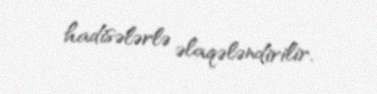
hadisələrlə əlaqələndirilir.